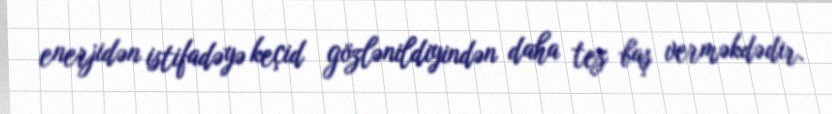
enerjidən istifadəyə keçid gözlənildiyindən daha tez baş verməkdədir.